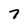
Character: 7